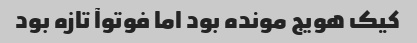
کیک هویج مونده بود اما فوتوآ تازه بود